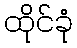
ထိုင်ခုံ